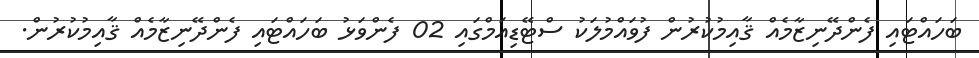
ބަހައްޓައި ފެންދޭނިޒާމެއް ޤާއިމުކުރުން ފުވައްމުލަކު ސްޓޭޑިއަމްގައި 02 ފެންވަޅު ބަހައްޓައި ފެންދޭނިޒާމެއް ޤާއިމުކުރުން.